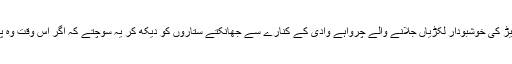
نیچے وادی میں دیودار کی لکڑی سے تعمیر گھروں اور اپنے آتش دانوں میں چیڑ کی خوشبودار لکڑیاں جلانے والے چرواہے وادی کے کنارے سے جھانکتے ستاروں کو دیکھ کر یہ سوچتے کہ اگر اس وقت وہ پہاڑ کی چوٹی پر موجود ہوتے تو ایک آدھ ستارہ توڑ لینا ان کی دسترس میں تھا۔